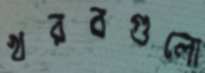
খরবগুলো